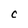
Character: C